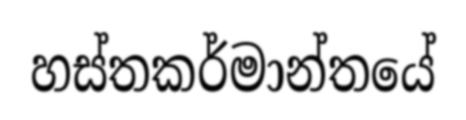
හස්තකර්මාන්තයේ